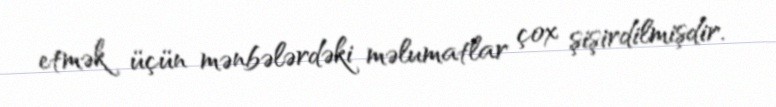
etmək üçün mənbələrdəki məlumatlar çox şişirdilmişdir.